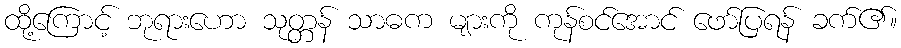
ထို့ကြောင့် ဘုရားဟော သုတ္တန် သာဓက များကို ကုန်စင်အောင် ဖော်ပြရန် ခက်၏။